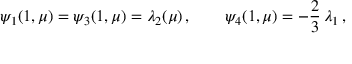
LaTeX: \psi _ { 1 } ( 1 , \mu ) = \psi _ { 3 } ( 1 , \mu ) = \lambda _ { 2 } ( \mu ) \, , \qquad \psi _ { 4 } ( 1 , \mu ) = - \frac 2 3 \, \lambda _ { 1 } \, ,